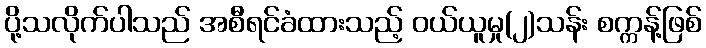
ပို့သလိုက်ပါသည် အစီရင်ခံထားသည့် ဝယ်ယူမှု(၂)သန်း စက္ကန့်ဖြစ်